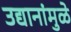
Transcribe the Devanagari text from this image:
उद्यानांमुळे